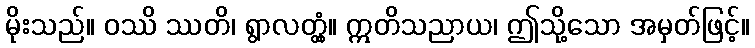
မိုးသည်။ ဝဿိ ဿတိ၊ ရွာလတ္တံ့။ ဣတိသညာယ၊ ဤသို့သော အမှတ်ဖြင့်။